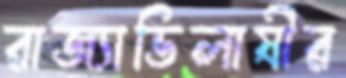
রাজ্যাভিলাষীর